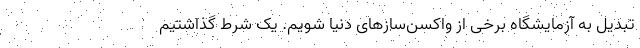
تبدیل به آزمایشگاه برخی از واکسن‌‌سازهای دنیا شویم. یک شرط گذاشتیم